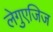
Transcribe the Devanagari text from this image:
लेगुएजिज